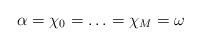
LaTeX: \begin{align*}\alpha=\chi_0=\ldots=\chi_M=\omega\end{align*}